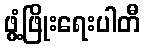
ဖွံ့ဖြိုးရေးပါတီ